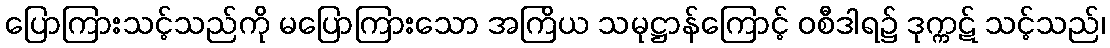
ပြောကြားသင့်သည်ကို မပြောကြားသော အကြိယ သမုဋ္ဌာန်ကြောင့် ဝစီဒါရ၌ ဒုက္ကဋ် သင့်သည်၊